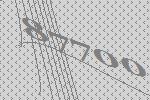
87700